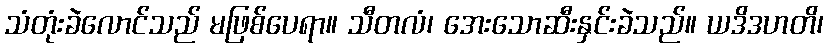
သံတုံးခဲလောင်သည် မဖြစ်ပေရာ။ သီတလံ၊ အေးသောဆီးနှင်းခဲသည်။ ယဒိဒဟတိ၊